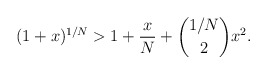
\begin{align*}(1+x)^{1/N}>1+\frac{x}{N}+\binom{1/N}{2}x^2.\end{align*}